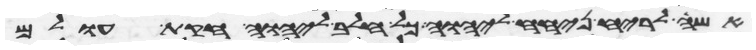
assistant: אשה לריח ניחח ליהוה כל חלב ליהוה חקת עולם